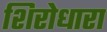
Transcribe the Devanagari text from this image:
शिरोधारा